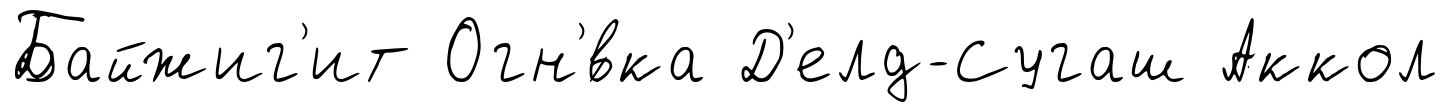
Байжиг'ит Огн'́вка Д'елд-Сугаш Аккол